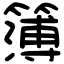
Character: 簿